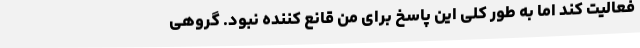
فعالیت کند اما به طور کلی این پاسخ برای من قانع کننده نبود. گروهی